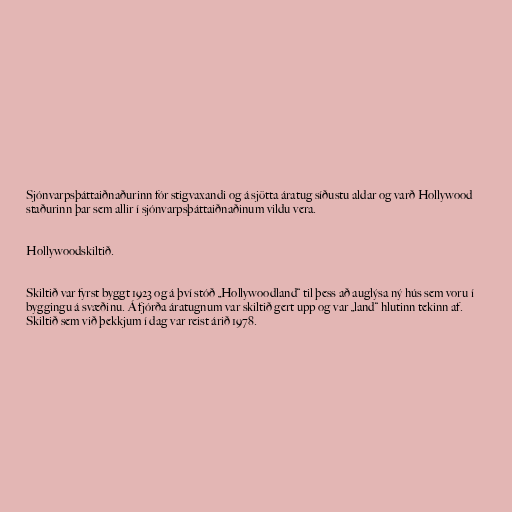
Sjónvarpsþáttaiðnaðurinn fór stigvaxandi og á sjötta áratug síðustu aldar og varð Hollywood
staðurinn þar sem allir í sjónvarpsþáttaiðnaðinum vildu vera.

Hollywoodskiltið.

Skiltið var fyrst byggt 1923 og á því stóð „Hollywoodland“ til þess að auglýsa ný hús sem voru í
byggingu á svæðinu. Á fjórða áratugnum var skiltið gert upp og var „land“ hlutinn tekinn af.
Skiltið sem við þekkjum í dag var reist árið 1978.